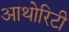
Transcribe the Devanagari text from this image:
आथोरिटी